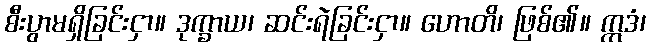
စီးပွာမရှိခြင်းငှာ။ ဒုက္ခာယ၊ ဆင်းရဲခြင်းငှာ။ ဟောတိ၊ ဖြစ်၏။ ဣဒံ၊